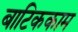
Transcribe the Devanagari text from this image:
बाटिककाम